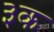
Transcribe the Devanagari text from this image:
३क